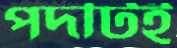
পদটিই